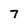
Character: 7